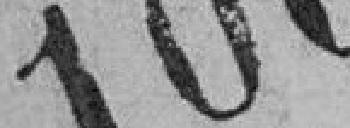
100